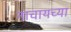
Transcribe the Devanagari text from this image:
नाचायच्या